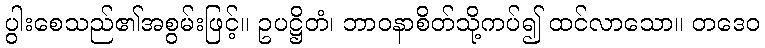
ပွါးစေသည်၏အစွမ်းဖြင့်။ ဥပဋ္ဌိတံ၊ ဘာဝနာစိတ်သို့ကပ်၍ ထင်လာသော။ တဒေဝ